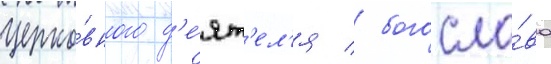
церко́вного д'е́ят'ел'я / богосло́ва